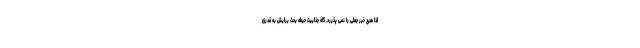
لذا هیچ خبر جعلی را نمی پذیرد. گاه جذابیت حیطه بحث برایش به قدری